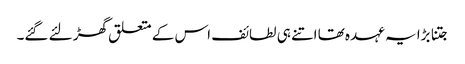
جتنا بڑا یہ عہدہ تھا اتنے ہی لطائف اس کے متعلق گھڑ لئے گئے۔